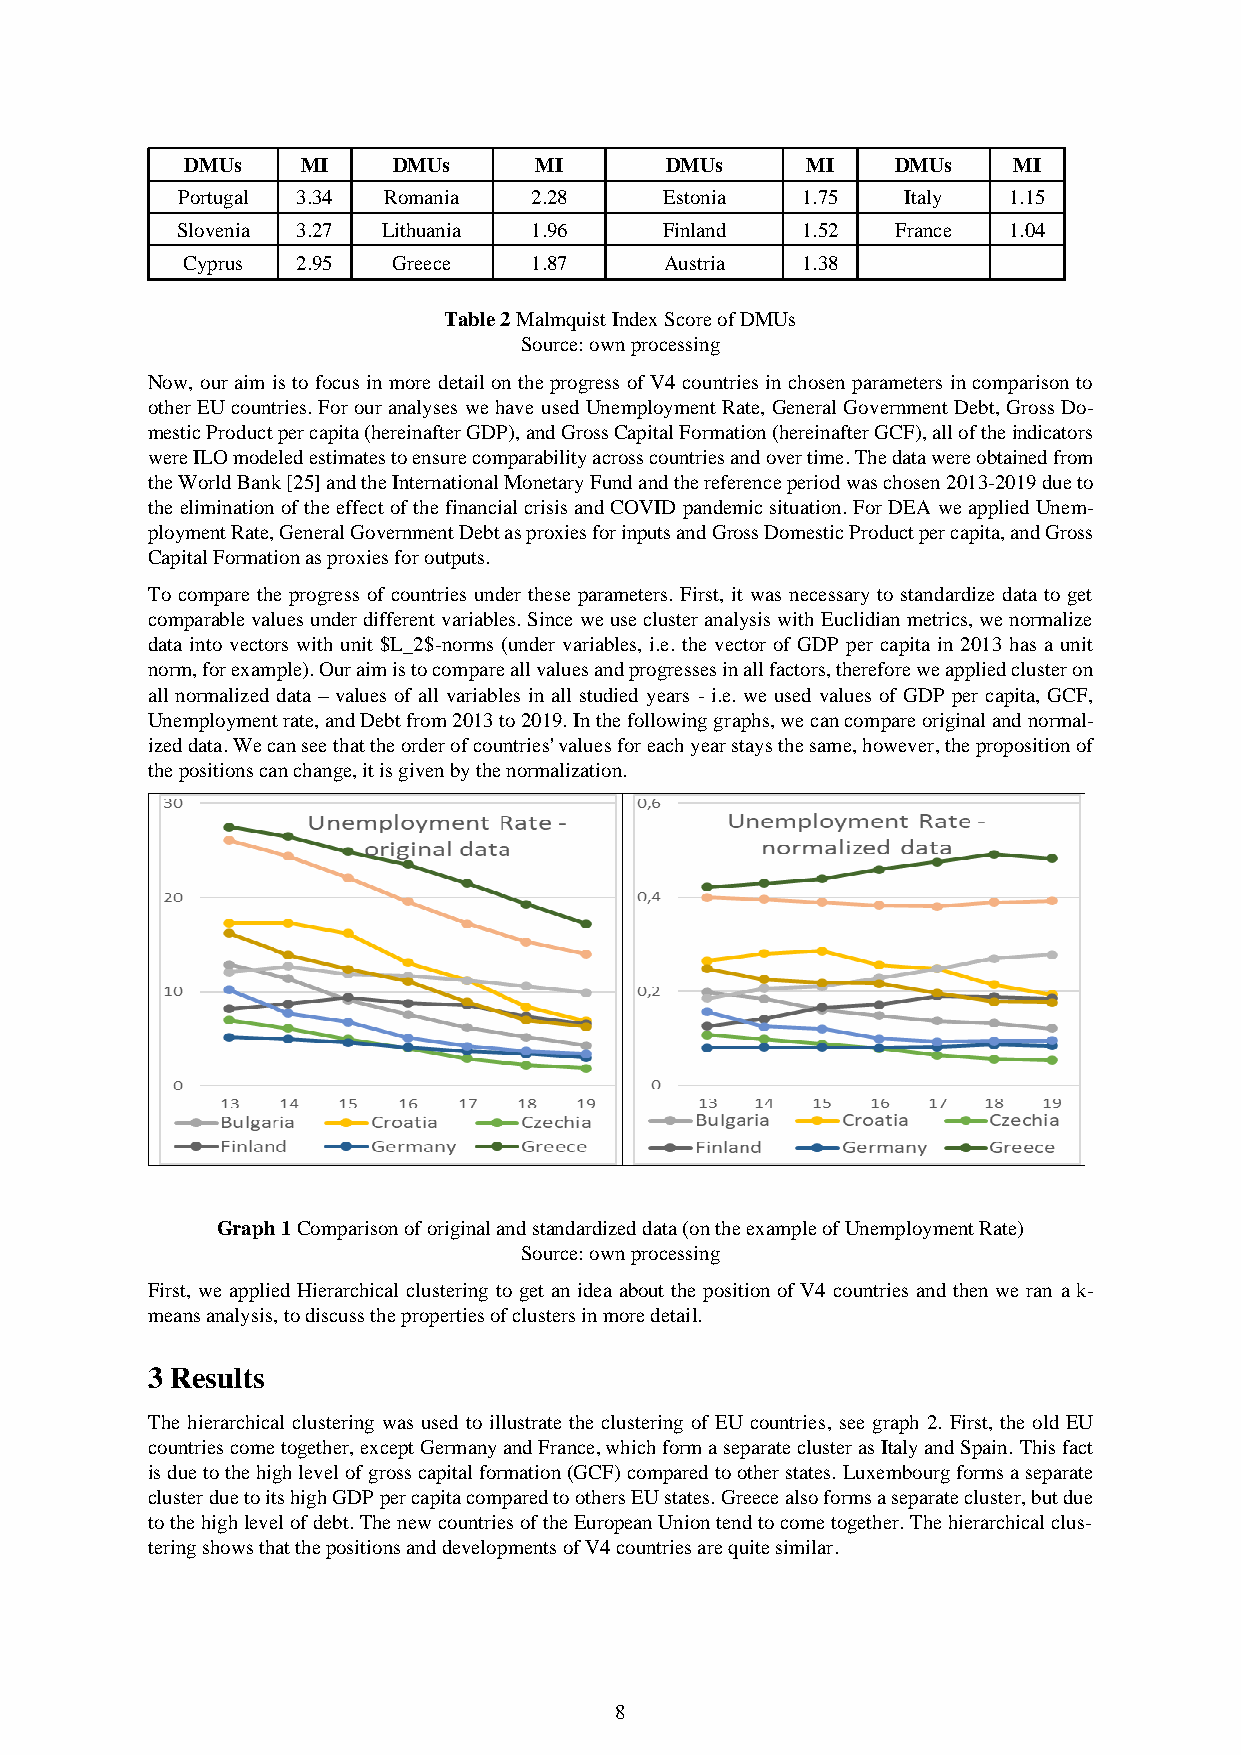
DMUs    MI    DMUs     MI       DMUs     MI    DMUs    MI
 Portugal 3.34 Romania  2.28     Estonia  1.75   Italy  1.15
 Slovenia 3.27 Lithuania 1.96    Finland  1.52  France  1.04
 Cyprus  2.95  Greece   1.87     Austria  1.38
 Table 2 Malmquist Index Score of DMUs
 Source: own processing
 Now, our aim is to focus in more detail on the progress of V4 countries in chosen parameters in comparison to
 other EU countries. For our analyses we have used Unemployment Rate, General Government Debt, Gross Do-
 mestic Product per capita (hereinafter GDP), and Gross Capital Formation (hereinafter GCF), all of the indicators
 were ILO modeled estimates to ensure comparability across countries and over time. The data were obtained from
 the World Bank [25] and the International Monetary Fund and the reference period was chosen 2013-2019 due to
 the elimination of the effect of the financial crisis and COVID pandemic situation. For DEA we applied Unem-
 ployment Rate, General Government Debt as proxies for inputs and Gross Domestic Product per capita, and Gross
 Capital Formation as proxies for outputs.
 To compare the progress of countries under these parameters. First, it was necessary to standardize data to get
 comparable values under different variables. Since we use cluster analysis with Euclidian metrics, we normalize
 data into vectors with unit $L_2$-norms (under variables, i.e. the vector of GDP per capita in 2013 has a unit
 norm, for example). Our aim is to compare all values and progresses in all factors, therefore we applied cluster on
 all normalized data – values of all variables in all studied years - i.e. we used values of GDP per capita, GCF,
 Unemployment rate, and Debt from 2013 to 2019. In the following graphs, we can compare original and normal-
 ized data. We can see that the order of countries' values for each year stays the same, however, the proposition of
 the positions can change, it is given by the normalization.
 Graph 1 Comparison of original and standardized data (on the example of Unemployment Rate)
 Source: own processing
 First, we applied Hierarchical clustering to get an idea about the position of V4 countries and then we ran a k-
 means analysis, to discuss the properties of clusters in more detail.
 3 Results
 The hierarchical clustering was used to illustrate the clustering of EU countries, see graph 2. First, the old EU
 countries come together, except Germany and France, which form a separate cluster as Italy and Spain. This fact
 is due to the high level of gross capital formation (GCF) compared to other states. Luxembourg forms a separate
 cluster due to its high GDP per capita compared to others EU states. Greece also forms a separate cluster, but due
 to the high level of debt. The new countries of the European Union tend to come together. The hierarchical clus-
 tering shows that the positions and developments of V4 countries are quite similar.
 8